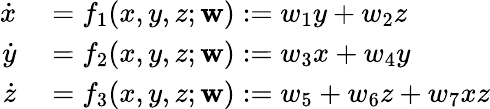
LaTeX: \begin{array}{rl}{\dot{x}}&{{}=f_{1}(x,y,z;\mathbf{w}):=w_{1}y+w_{2}z}\\ {\dot{y}}&{{}=f_{2}(x,y,z;\mathbf{w}):=w_{3}x+w_{4}y}\\ {\dot{z}}&{{}=f_{3}(x,y,z;\mathbf{w}):=w_{5}+w_{6}z+w_{7}xz}\end{array}